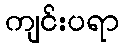
ကျင်းပရာ